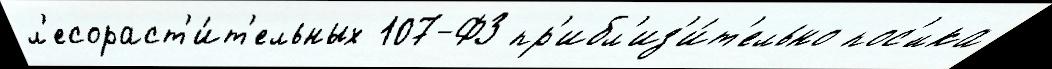
л'есораст'и́т'ельных 107-ФЗ пр'ибл'из'и́т'ельно пос'́лка